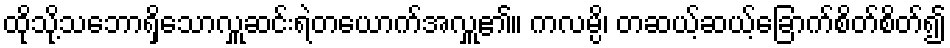
ထိုသို့သဘောရှိသောလှူဆင်းရဲတယောက်အလှူ၏။ ကလမ္ပိ၊ တဆယ့်ဆယ့်ခြောက်စိတ်စိတ်၍